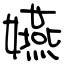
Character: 嬿